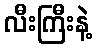
လီးကြီးနဲ့